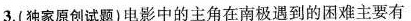
3.(独家原创试题)电影中的主角在南极遇到的困难主要有